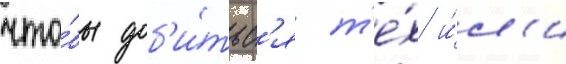
что́бы доб'и́тьс'я т'е́х и́л'и